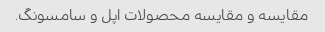
مقایسه و مقایسه محصولات اپل و سامسونگ.